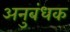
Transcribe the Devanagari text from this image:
अनुबंधक